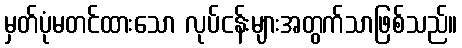
မှတ်ပုံမတင်ထားသော လုပ်ငန်းများအတွက်သာဖြစ်သည်။